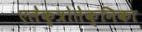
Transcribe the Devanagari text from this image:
एलेक्त्रोतेक्निका